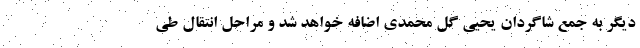
دیگر به جمع شاگردان یحیی گل محمدی اضافه خواهد شد و مراحل انتقال طی